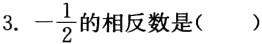
3. \(-\frac{1}{2}\)的相反数是( )